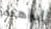
ابراهيم